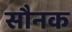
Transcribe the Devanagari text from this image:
सौनक